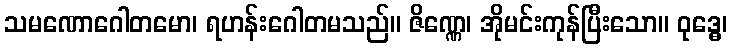
သမဏောဂေါတမော၊ ရဟန်းဂေါတမသည်။ ဇိဏ္ဏေ၊ အိုမင်းကုန်ပြီးသော။ ဝုဒ္ဓေ၊